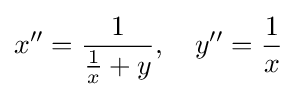
x''={\frac {1}{{\frac {1}{x}}+y}},\quad y''={\frac {1}{x}}